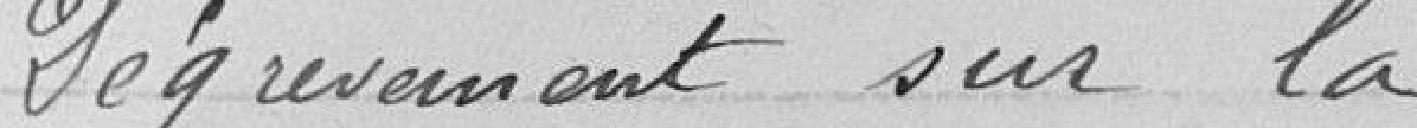
Dégrèvement sur la